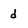
Character: d